Annual administration report of the Civil Veterinary Department of India - 1903-1904
Year: 1903
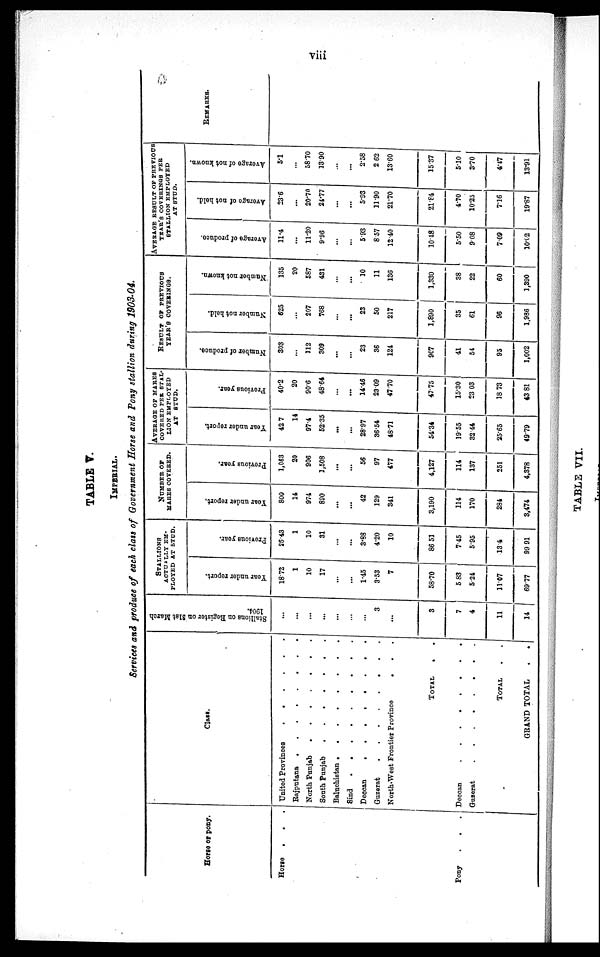
viii
TABLE V.
IMPERIAL.
Services and produce of each class of Government Horse and Tony stallion during 1903-04.
Horse or pony.
Horse . . .
Pony
. . .
Class.
United Provinces
Rajputana
........
North Punjab
South Punjab
Baluchistan
Sind
Deccan
Guzerat
North-West Frontier Province . . .
TOTAL
..
Deccan .........
Guzerat .........
TOTAL . .
GRAND TOTAL
.
.
Stallions on Register on Slat Maroh
...
...
...
...
...
...
...
3
...
3
7
4
11
14
STALLIONS
ACTUALLY EM-
PLOYED AT STUD.
Year
under report.
18.72
1
10
17
...
...
1.45
3.53
7
58.70
5.83
5.24
11.07
69.77
Previous year.
25.43
1
10
31
...
...
3.88
4.20
10
86.51
7.45
5.95
134
99.91
NUMBER OF
MARES COVERED.
Year
under report.
800
14
974
890
...
...
42
129
341
3,190
114
170
284
3,474
Previous year.
1,063
20
906
1,508
...
...
56
97
477
4,127
114
137
251
4,378
AVERAGE OF MARES
COVERED PER STAL-
LION EMPLOYED
AT STUD.
Year
under report.
42.7
14
97.4
52.35
...
...
28.97
36.54
48.71
54.34
19.55
32.44
25.65
49.79
Provious year.
40.2
20
90.6
48.64
...
...
14.46
23.09
47.70
47.75
15.30
23.03
18.73
43.81
RESULT OF PREVIOUS
YEAR'S COVERINGS.
Number of produce.
303
...
112
309
...
...
23
36
124
907
41
54
95
1,002
Number not held.
625
...
207
768
...
...
23
50
217
1,890
35
61
96
1,986
Number not known.
135
20
587
431
...
...
10
11
136
1,330
38
22
60
1,390
AVERAGE RESULT OP PREVIOUS
YEAR'S COVERINGS PER
STALLION EMPLOYED
AT STUD.
Average of produce.
11.4
...
11.20
9.96
...
...
593
8.57
12.40
10.48
5.50
9.08
7.09
10.02
Average
of not held.
236
...
20.70
24.77
...
...
5.93
11.90
21.70
21.84
4.70
10.25
7.16
19.87
Average of not known.
5.1
...
58.70
13.90
...
...
2.58
2.62
13.60
15.37
5.10
3.70
4.47
13.91
REMARKS.